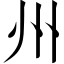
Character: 州